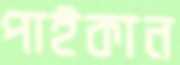
পাইকান